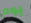
يوم